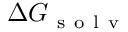
\Delta G _ { \mathrm { ~ s ~ o ~ l ~ v ~ } }